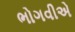
ભોગવીએ